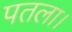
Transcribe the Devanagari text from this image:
पतला।